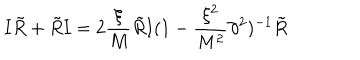
{ \mathbf I } { \tilde { R } } + { \tilde { R } } { \mathbf I } = 2 \frac { \xi } { M } { \tilde { R } } { \mathbf I } ( 1 - \frac { \xi ^ { 2 } } { M ^ { 2 } } \partial ^ { 2 } ) ^ { - 1 } { \tilde { R } }